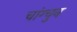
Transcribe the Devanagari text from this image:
चांग्चुन